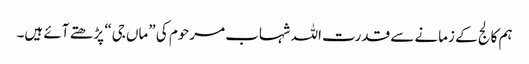
ہم کالج کے زمانے سے قدرت اللہ شہاب مرحوم کی ”ماں جی“ پڑھتے آئے ہیں۔